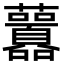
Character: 䖀